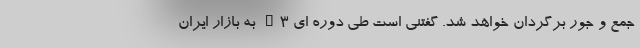
جمع و جور برگردان خواهد شد. گفتنی است طی دوره ای C3 به بازار ایران